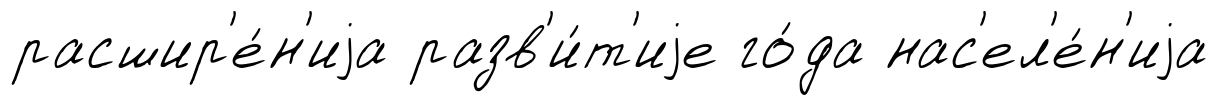
расшир'е́н'иjа разв'и́т'иjе го́да нас'ел'е́н'иjа